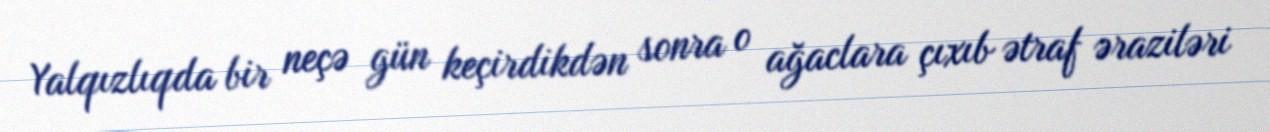
Yalqızlıqda bir neçə gün keçirdikdən sonra o ağaclara çıxıb ətraf əraziləri